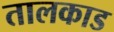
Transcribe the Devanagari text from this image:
तालकाड